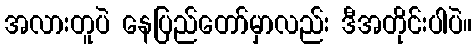
အလားတူပဲ နေပြည်တော်မှာလည်း ဒီအတိုင်းပါပဲ။